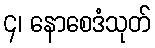
၄၊ နောစေဒံသုတ်